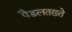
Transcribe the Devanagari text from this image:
पैडलतख़्ते